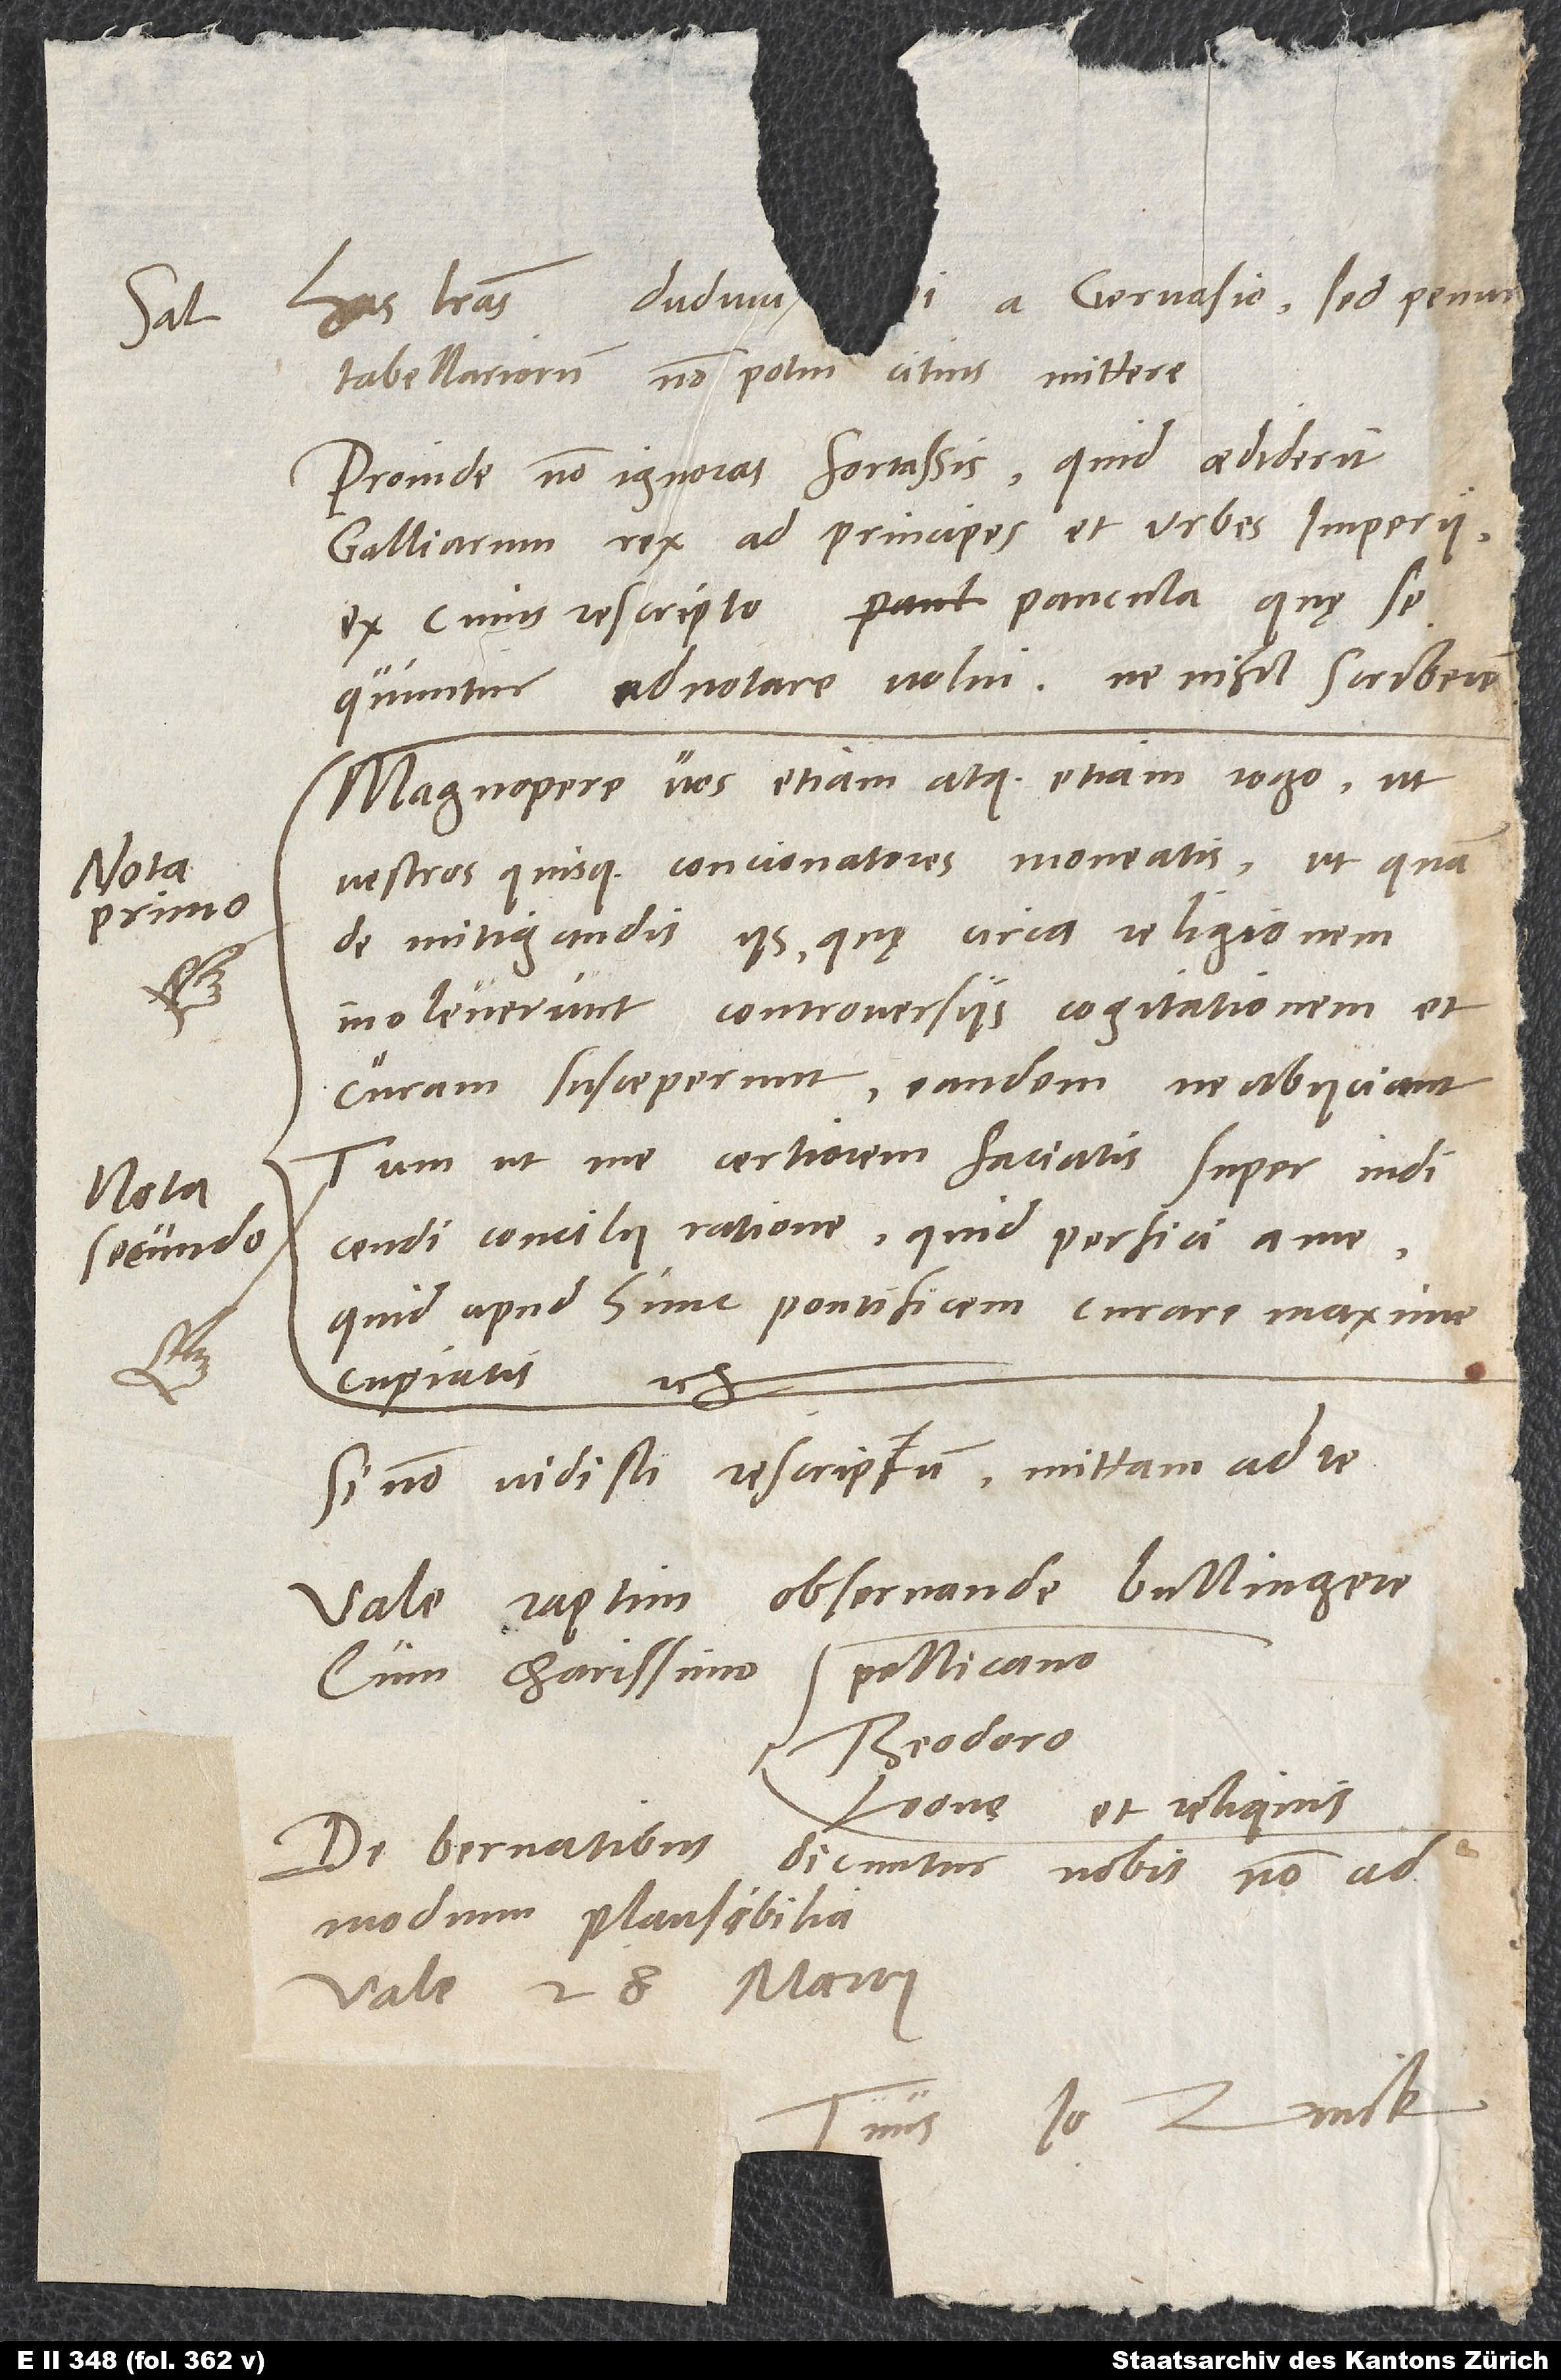
Sal.

tabellariorum non potui citius mittere.
Proinde non ignoras fortassis, quid aediderit
Galliarum rex ad principes et urbes imperii,
ex cuius rescripto paucula, quę
sequuntur, adnotare volui, ne nihil scriberem:
"Magnopere vos etiam atque etiam rogo, ut
vestros quisque concionatores moneatis, ut, quam
de mitigandis iis, quę circa religionem
inoleverunt controversiis, cogitationem et
curam susceperunt, eandem ne abiiciant.
Tum, ut me certiorem faciatis super indicendi
concilii ratione, quid perfici a me,
quid apud hunc pontificem curare maxime
cupiatis" etc.
Si non vidisti rescriptum, mittam ad te.
Vale, raptim, observande Bullingere,
cum charissimo Pellicano,
Theodoro,
Leone et reliquis.
De Bernatibus dicuntur nobis non
admodum plausibilia.
Vale. 28. martii.
Io. Zvick.
Tuus